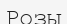
Розы